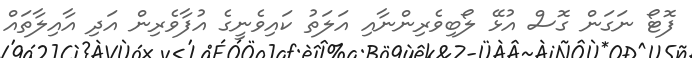
ފޮޓޯ ނަގަން ގޮސް އުޅޭ ލޯބިވެރިންނާއި އަލަތު ކައިވެނީގެ އުފާވެރިން އަދި އާއިލާތައް